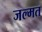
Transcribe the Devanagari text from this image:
जल्मत